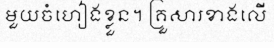
មួយចំហៀងខ្លួន។ គ្រួសារខាងលើ